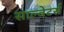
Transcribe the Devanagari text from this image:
साल्वेटर्स